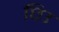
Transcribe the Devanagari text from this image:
छिउ